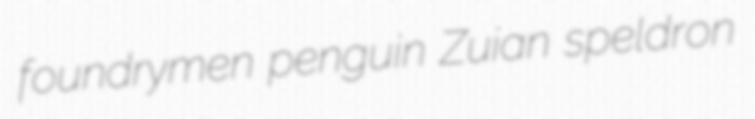
foundrymen penguin Zuian speldron